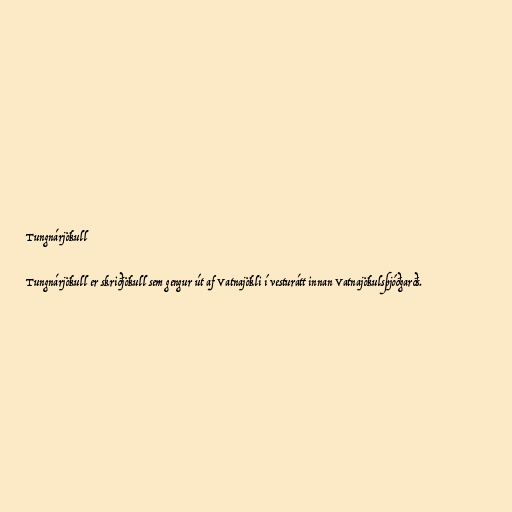
Tungnárjökull

Tungnárjökull er skriðjökull sem gengur út af Vatnajökli í vesturátt innan Vatnajökulsþjóðgarðs.